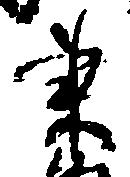
東